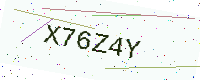
Text: X76Z4Y